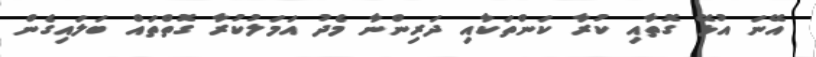
އޭނަ އުޅޭ ގޮތާއި ކުރާ ކަންތަކާއި ދަރިންނާ މެދު އަމަލުކުރާ ގޮތްތައް ބަލައިގެން